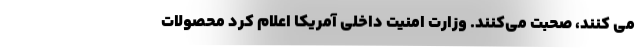
می کنند، صحبت می‌کنند. وزارت امنیت داخلی آمریکا اعلام کرد محصولات